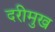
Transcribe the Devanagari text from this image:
दरीमुख